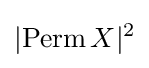
|{\text{Perm}}\,X|^{2}